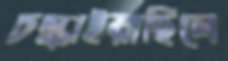
চল্‌কাইয়াছিলে